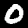
Digit: 0